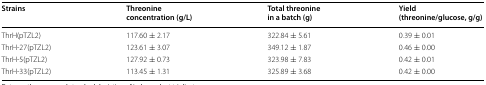
| Strains | Threonine concentration (g/L) | Total threonine in a batch (g) | Yield (threonine/glucose, g/g) |
 | --- | --- | --- | --- |
 | ThrH(pTZL2) | 117.60 ± 2.17 | 322.84 ± 5.61 | 0.39 ± 0.01 |
 | ThrH-27(pTZL2) | 123.61 ± 3.07 | 349.12 ± 1.87 | 0.46 ± 0.00 |
 | ThrH-5(pTZL2) | 127.92 ± 0.73 | 323.98 ± 7.83 | 0.42 ± 0.01 |
 | ThrH-33(pTZL2) | 113.45 ± 1.31 | 325.89 ± 3.68 | 0.42 ± 0.00 |